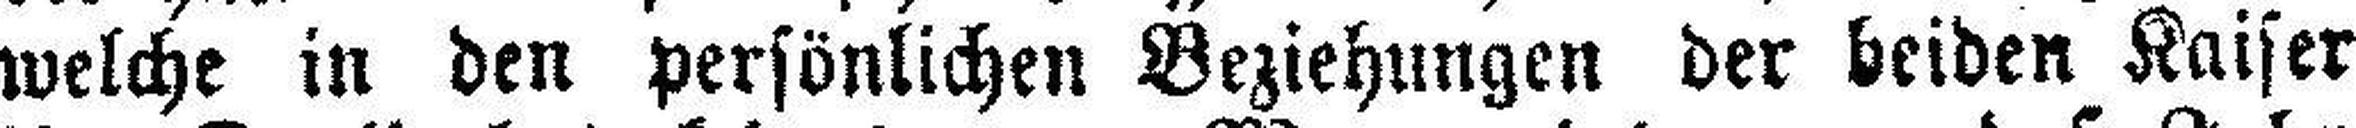
welche in den persönlichen Beziehungen der beiden Kaiser